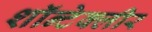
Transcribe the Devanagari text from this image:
शॉन्टेक्लीर